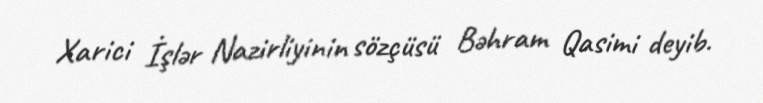
Xarici İşlər Nazirliyinin sözçüsü Bəhram Qasimi deyib.